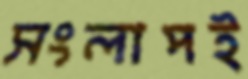
সংলাপই